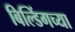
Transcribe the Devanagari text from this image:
बिल्डिंगच्या